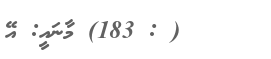
( : 183) މާނައީ: އޭ